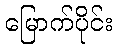
မြောက်ပိုင်း